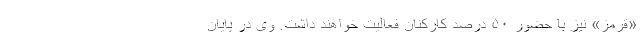
«قرمز» نیز با حضور ۵۰ درصد کارکنان فعالیت خواهند داشت. وی در پایان